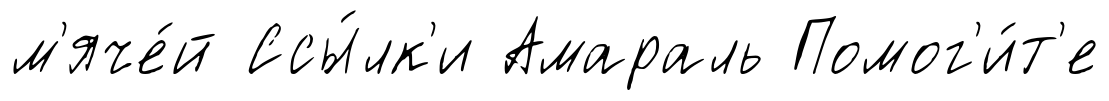
м'яче́й Ссы́лк'и Амараль Помог'и́т'е